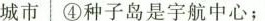
城市 ④种子岛是宇航中心；